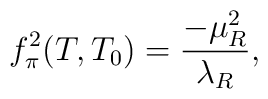
f_{\pi}^{2}(T,T_{0})=\frac{-\mu_{R}^{2}}{\lambda_{R}},